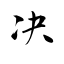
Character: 决